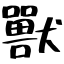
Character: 獸